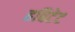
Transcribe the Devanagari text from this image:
हबिटेट